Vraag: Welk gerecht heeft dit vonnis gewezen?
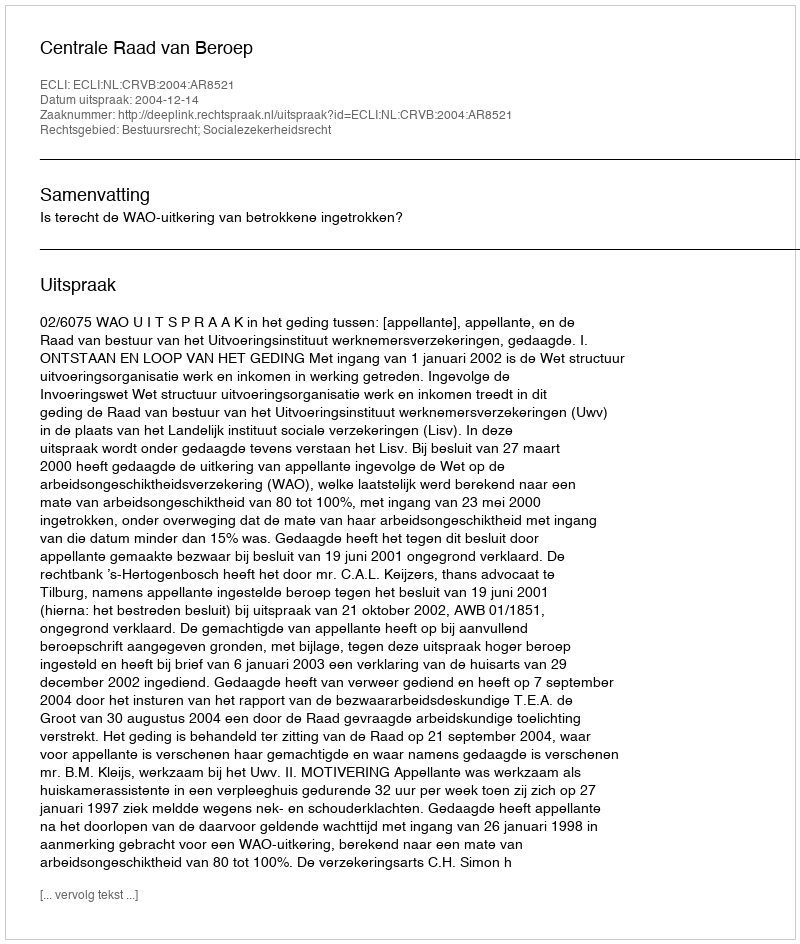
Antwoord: Centrale Raad van Beroep